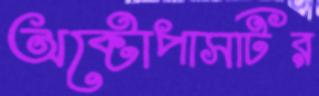
অক্টোপাসটির